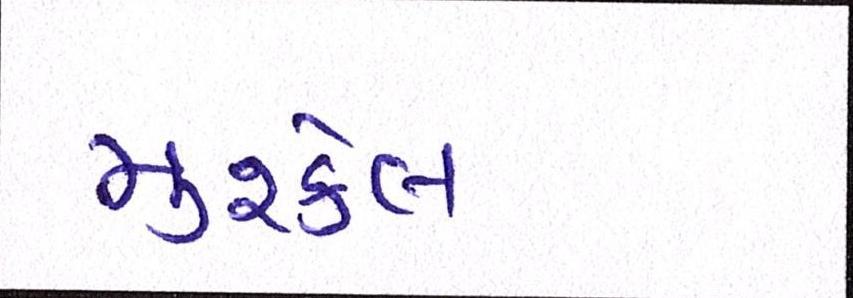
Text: મુશ્કેલ